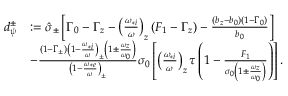
\begin{array} { r l } { d _ { \psi } ^ { \pm } } & { : = \hat { \sigma } _ { \pm } \left[ \Gamma _ { 0 } - \Gamma _ { z } - \left( \frac { \omega _ { * i } } { \omega } \right) _ { z } \left( F _ { 1 } - \Gamma _ { z } \right) - \frac { \left( b _ { z } - b _ { 0 } \right) \left( 1 - \Gamma _ { 0 } \right) } { b _ { 0 } } \right] } \\ & { - \frac { \left( 1 - \Gamma _ { \pm } \right) \left( 1 - \frac { \omega _ { * i } } { \omega } \right) _ { \pm } \left( 1 \pm \frac { \omega _ { z } } { \omega _ { 0 } } \right) } { \left( 1 - \frac { \omega _ { * e } } { \omega } \right) _ { \pm } } \sigma _ { 0 } \left[ \left( \frac { \omega _ { * i } } { \omega } \right) _ { z } \tau \left( 1 - \frac { F _ { 1 } } { \sigma _ { 0 } \left( 1 \pm \frac { \omega _ { z } } { \omega _ { 0 } } \right) } \right) \right] . } \end{array}